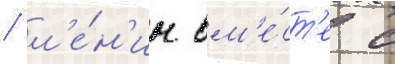
/ л'е́н'ин вм'е́ст'е с